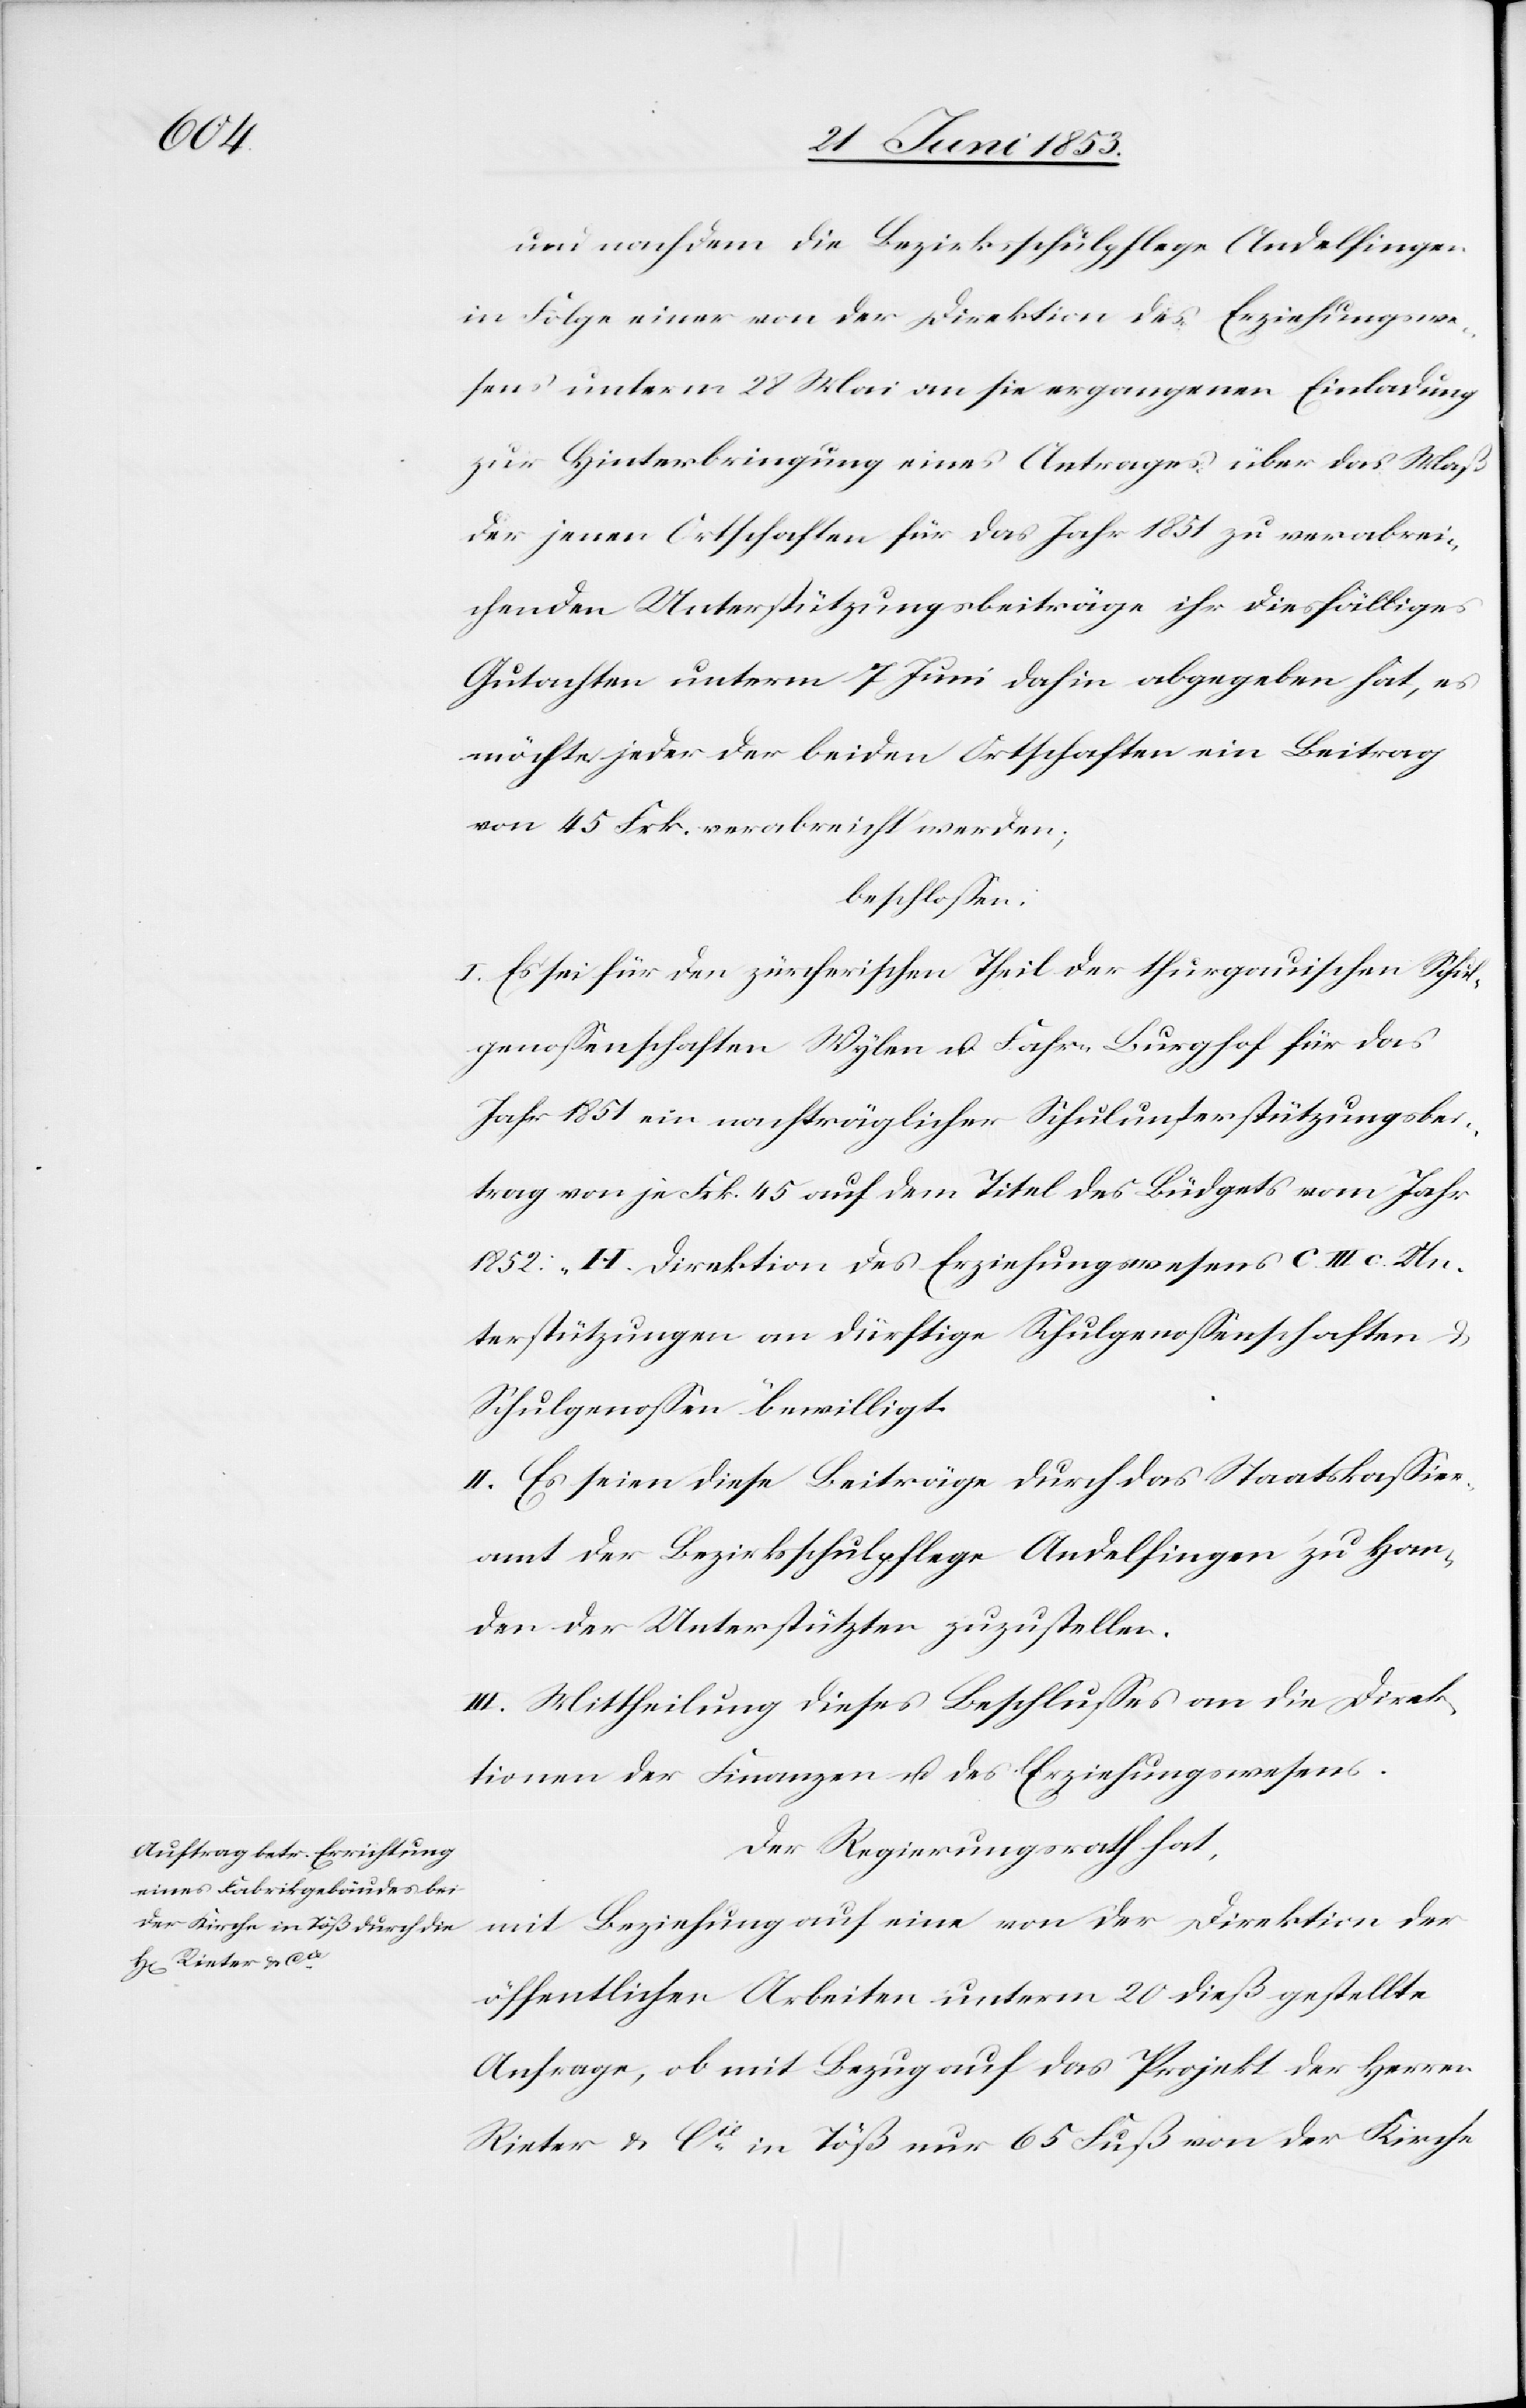
und nachdem die Bezirksschulpflege Andelfingen
in Folge einer von der Direktion des Erziehungswe¬
sens unterm 28 Mai an sie ergangenen Einladung
zur Hinterbringung eines Antrages über das Maß
der jenen Ortschaften für das Jahr 1851 zu verabrei¬
chenden Unterstützungsbeiträge ihr diesfälliges
Gutachten unterm 7 Juni dahin abgegeben hat, es
möchte jeder der beiden Ortschaften ein Beitrag
von 45 Frk. verabreicht werden;
beschloßen:
I. Es sei für den zürcherischen Theil der thurgauischen Schul¬
genoßenschaften Wylen u. Fahr-Burghof für das
Jahr 1851 ein nachträglicher Schulunterstützungsbei¬
trag von Frk. 45 auf dem Titel des Büdgets vom Jahr
1852: H. Direktion des Erziehungswesens C. III. c. Un¬
terstützungen an dürftige Schulgenoßenschaften u.
Schulgenoßen bewilligt.
II. Es seien diese Beiträge durch das Staatskaßier¬
amt der Bezirksschulpflege Andelfingen zu Han¬
den der Unterstützten zuzustellen.
III. Mittheilung dieses Beschlußes an die Direk¬
tionen der Finanzen u. des Erziehungswesens.
Der Regierungsrath hat,
mit Beziehung auf eine von der Direktion der
öffentlichen Arbeiten unterm 20 dieß gestellte
Anfrage, ob mit Bezug auf das Projekt der Herrn
Rieter u. Cie in Töß nur 65 Fuß von der Kirche